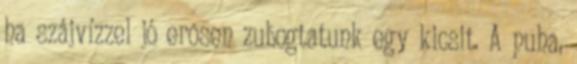
ha szájvízzel jó erõsen zubogtatunk egy kicsit. A puha,